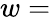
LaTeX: w=